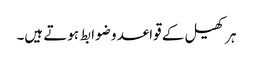
ہر کھیل کے قواعد و ضوابط ہوتے ہیں۔